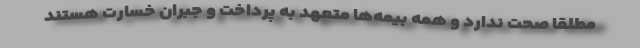
مطلقا صحت ندارد و همه بیمه‌ها متعهد به پرداخت و جبران خسارت هستند